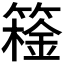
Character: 𬕮